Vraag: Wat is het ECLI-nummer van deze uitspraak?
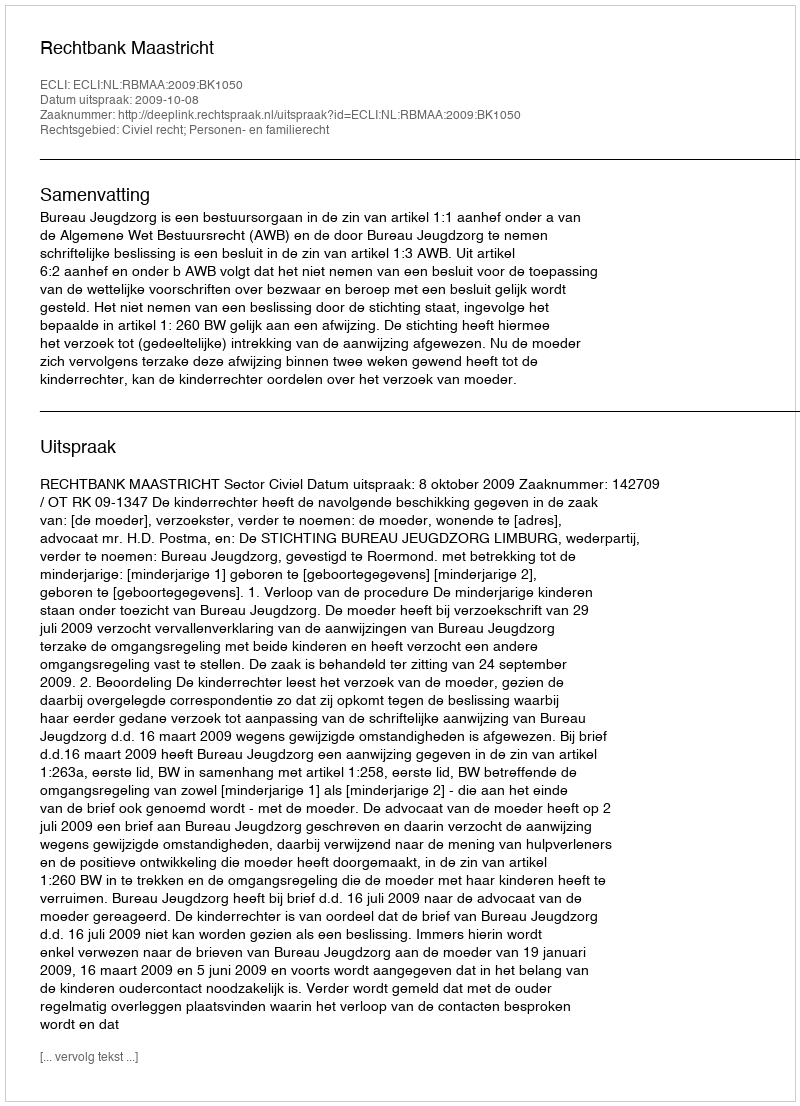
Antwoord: ECLI:NL:RBMAA:2009:BK1050